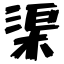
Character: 渠